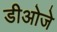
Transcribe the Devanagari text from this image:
डीओजे